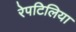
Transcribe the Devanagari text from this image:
रेपटिलिया